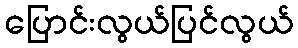
ပြောင်းလွယ်ပြင်လွယ်